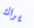
يراك